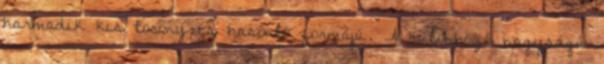
harmadik kis torony is hasonló formájú. A különböző nagyságú